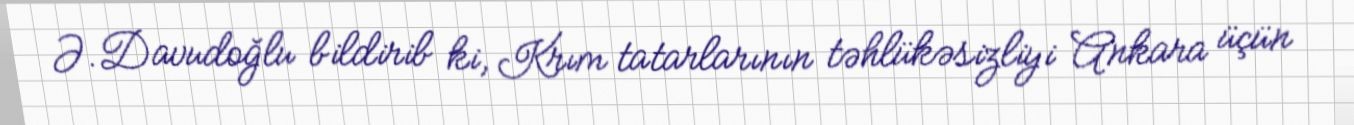
Ə.Davudoğlu bildirib ki, Krım tatarlarının təhlükəsizliyi Ankara üçün